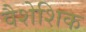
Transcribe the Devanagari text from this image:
वैशेशिक